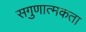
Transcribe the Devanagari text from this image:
सगुणात्मकता